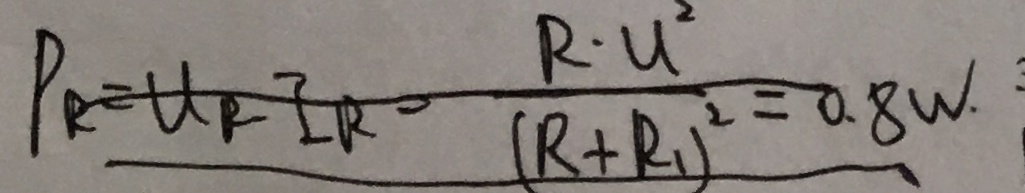
P _ { R } = U _ { R } I _ { R } = \frac { R \cdot U ^ { 2 } } { ( R + R _ { 1 } ) ^ { 2 } } = 0 . 8 W .